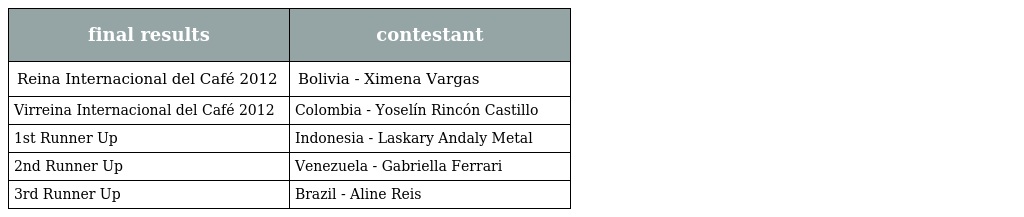
| final results | contestant |
 | --- | --- |
 | Reina Internacional del Café 2012 | Bolivia - Ximena Vargas |
 | Virreina Internacional del Café 2012 | Colombia - Yoselín Rincón Castillo |
 | 1st Runner Up | Indonesia - Laskary Andaly Metal |
 | 2nd Runner Up | Venezuela - Gabriella Ferrari |
 | 3rd Runner Up | Brazil - Aline Reis |